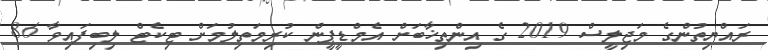
ރައްޔިތުންގެ މަޖިލީސް 2019 ގެ އިންތިޚާބަށް އެމްޑީޕީން ކުރިމަތިލުމަށް ޓިކެޓް ލިބިފައިވާ 86